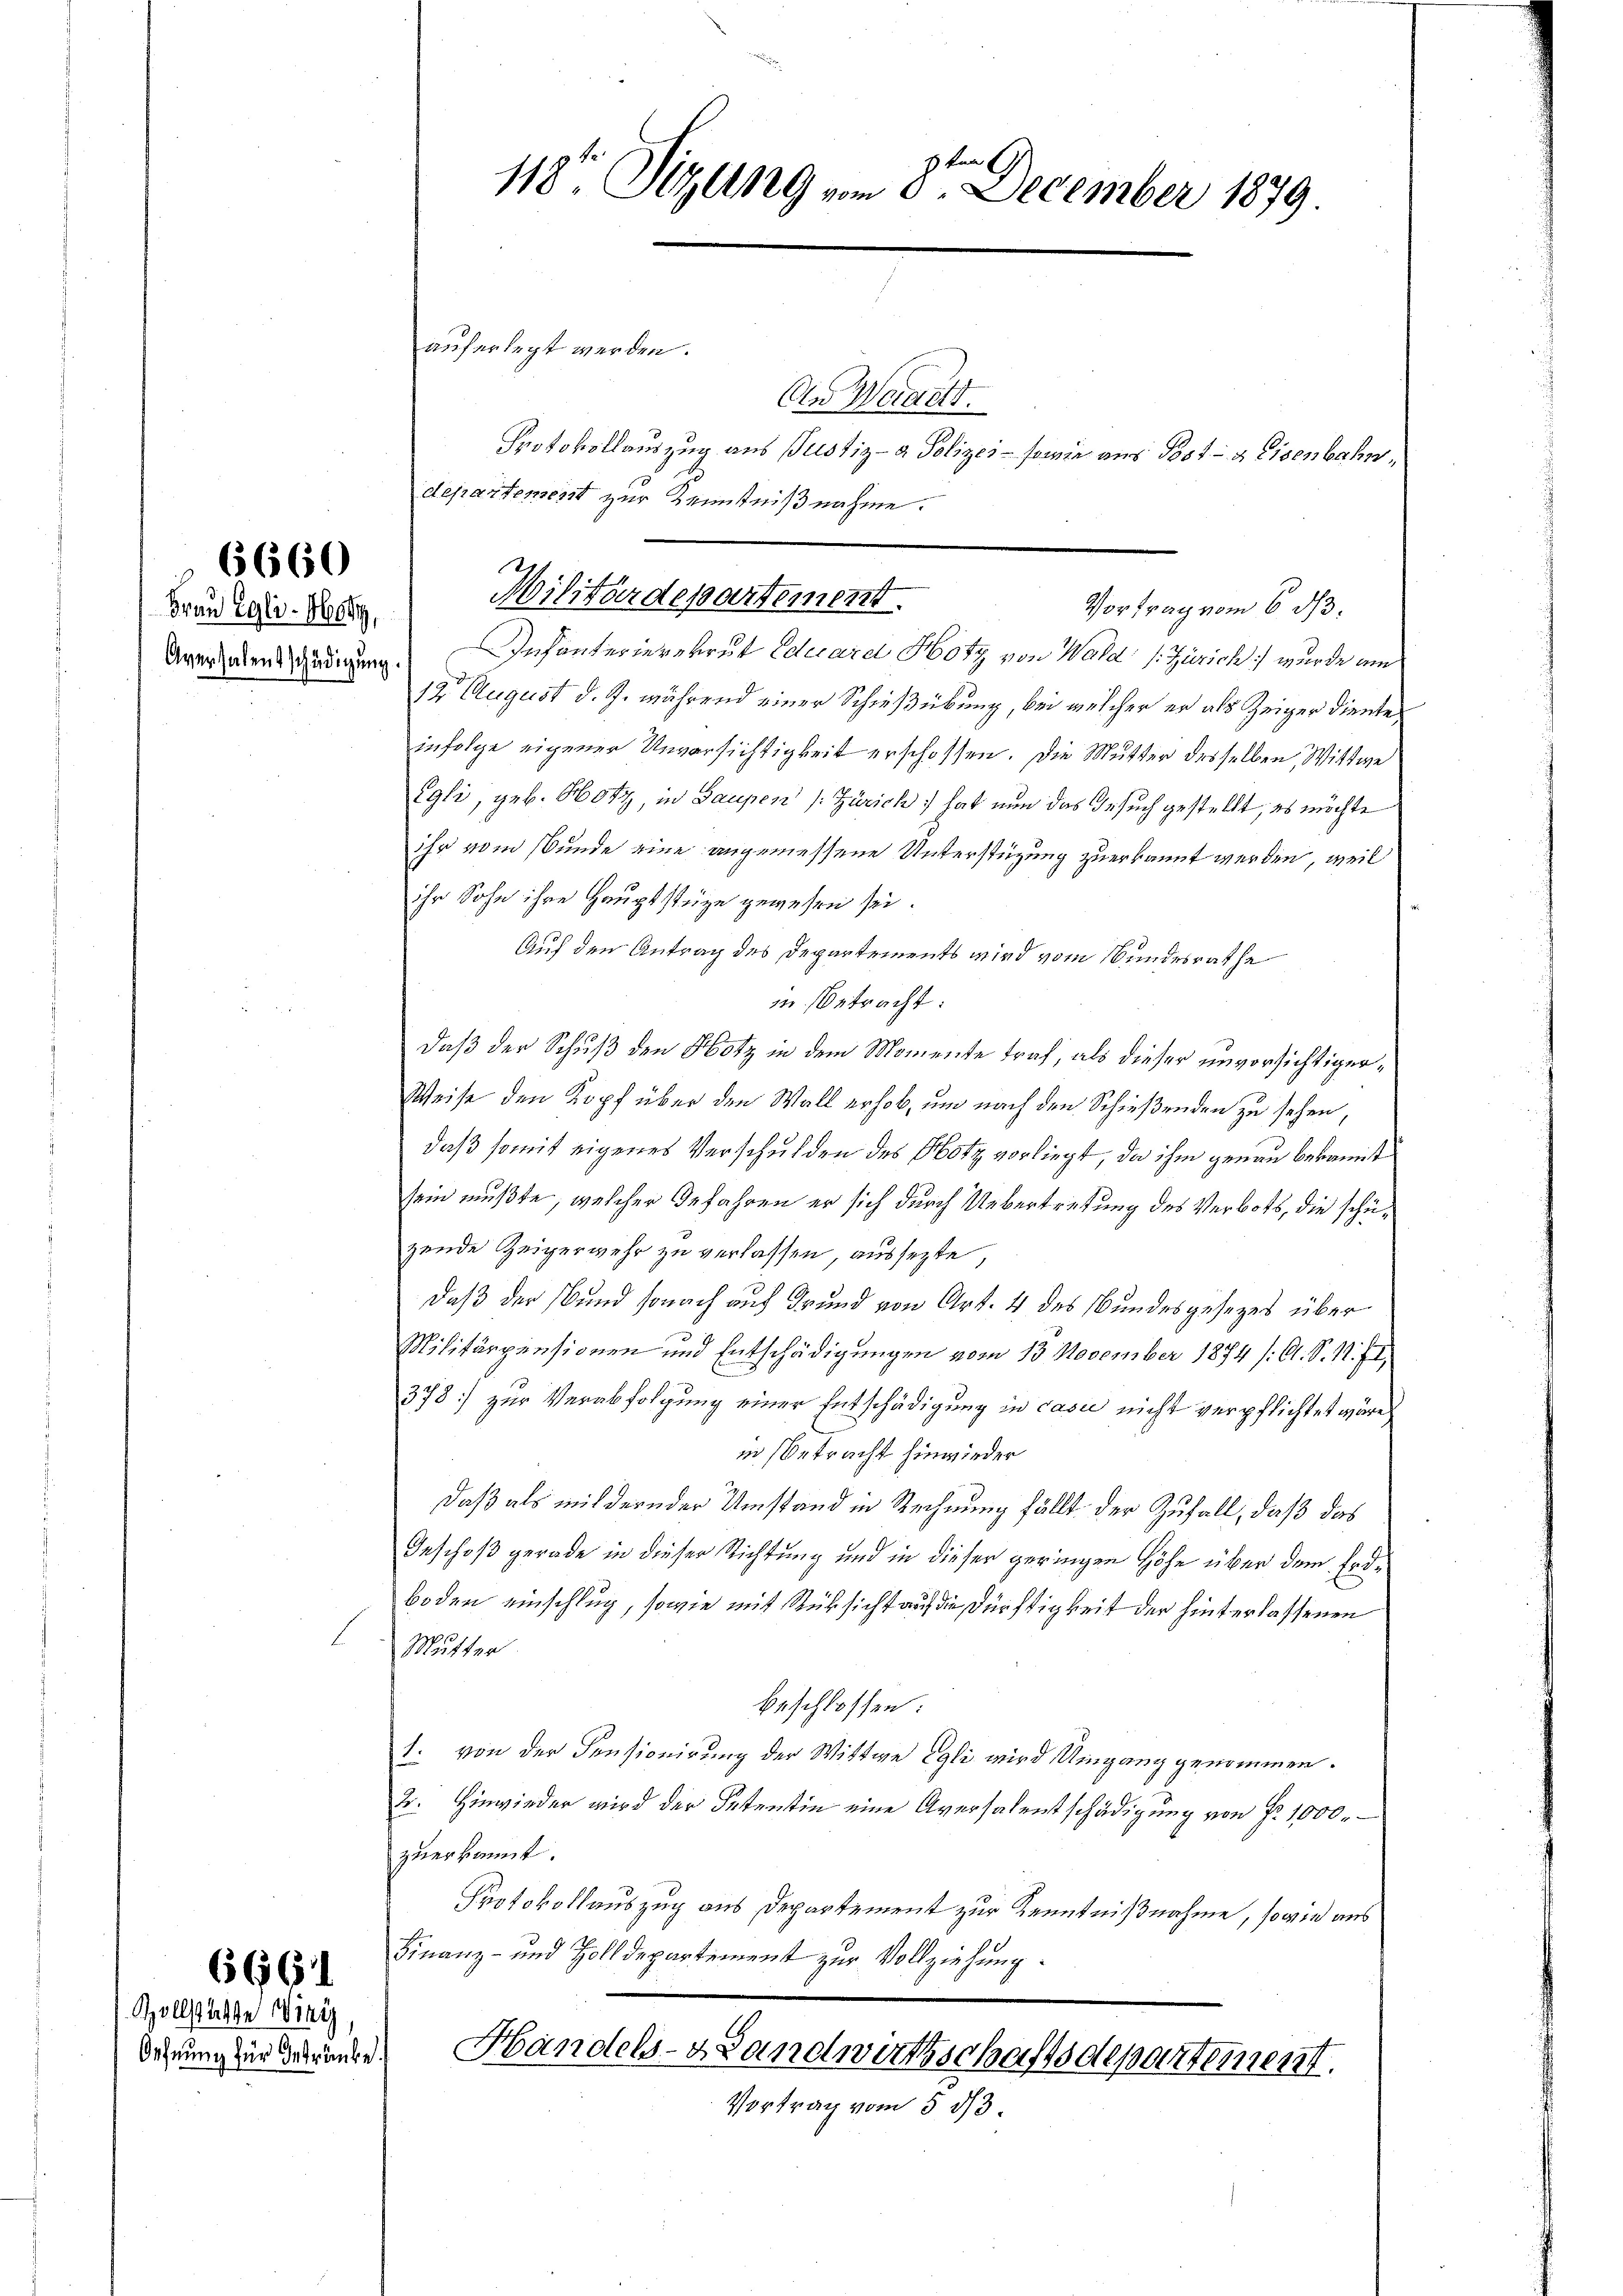
6660

Frau Egli - Hof,

666

Zollstatte Drey,
Oehnung für Getränke.

Aversalentschädigung. Infanterierekrut Eduarel Hotz von Wald (Zürich) wurde am
12 August d. J. während einer Schießübung, bei welcher er als Zeiger diente
infolge eigener Unvorsichtigkeit erschossen. Die Mutter desselben, Wittwe
Egli, geb. Hotz, in Gaupen (Zürich hat nun das Gesuch gestellt, es möchte
ihr vom Bunde eine angemessene Unterstüzung zuerkannt werden, weil
ihr Sohn ihre Hauptstüze gewesen sei.
Auf den Antrag des Departements wird vom Bundesrathe
in betracht:
daß der Schuß den Hotz in dem Momente traf, als dieser unvorsichtiger¬
Weise den Kopf über den Wall erhob, um nach den Schießenden zu sehen,
daß somit eigenes Verschulden des Hotz vorliegt, da ihm genau bekannt
sein mußte, welcher Gefahren er sich durch Uebertretung des Verbots, die schüzende Zeigerwehr zu verlassen, aussezte,
daß der Bund sonach auf Grund von Art. 4 des Bundesgesezes über
Militärpensionen und Entschädigungen vom 13. November 1894 /: A. S. M. fr.
378] zur Verabfolgung einer Entschädigung in casu nicht verpflichtet wäre,
in Betracht hinwieder
daß als mit dern der Umstand in Rechnung fällt der Zufall, daß das
Geschoß gerade in dieser Richtung und in dieser geringen Höhe über dem Erdboden einschlug, sowie mit Rüksicht auf die Dürftigkeit der hinterlassenen
Mutter
beschlossen:
1. von der Censionirung der Wittwe Egli wird Umgang genommen.
2. Hinwieder wird der Petentin eine Aversalentschädigung von fr. 1000.
zuerkannt.
Protokollauszug aus Departement zur Kenntnißnahme, sowie aus
Finanz- und Zolldepartement zur Vollziehung.

auferlegt werden.
An Waadt.
Protokollauszug aus Justiz- & Polizei- sowie aus Post- & Eisenbahndepartement zur Kenntnißnahme.

118t Sizung vom 8ten December 1879.

Militärdepartement.
Vortrag vom 6. ds.

Handels-Landwirtschaftsdepartement.
Vortrag vom 5 1/3.